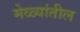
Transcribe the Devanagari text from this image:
मेळ्यांतील